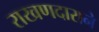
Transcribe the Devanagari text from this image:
राखणदाराने